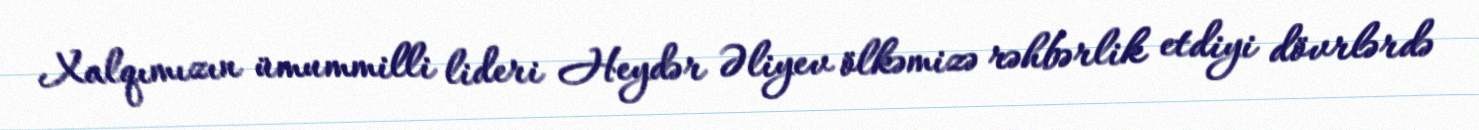
Xalqımızın ümummilli lideri Heydər Əliyev ölkəmizə rəhbərlik etdiyi dövrlərdə